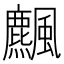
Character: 𩙒